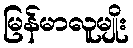
မြန်မာလူမျိုး